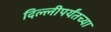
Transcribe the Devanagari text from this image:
दिल्लीपर्यंतच्या